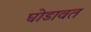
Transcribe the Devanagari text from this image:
घोडावत